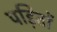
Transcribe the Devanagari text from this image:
पड़ितों